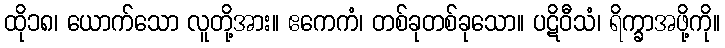
ထို၁၈၊ ယောက်သော လူတို့အား။ ဧကေကံ၊ တစ်ခုတစ်ခုသော။ ပဋိဝီသံ၊ ရိက္ခာအဖို့ကို။